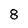
Character: 8